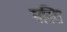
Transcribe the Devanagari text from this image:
गस्ति